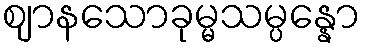
ဈာနသောခုမ္မသမ္ပန္နော